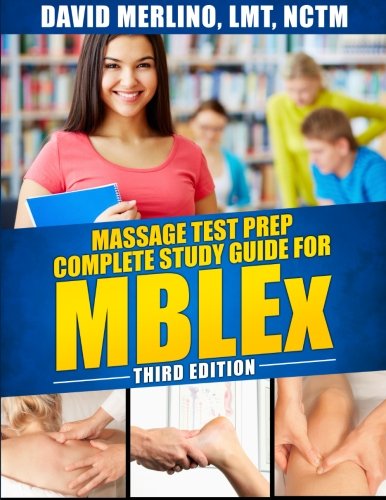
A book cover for Massage Test Prep - Complete Study Guide for MBLEx, Third Edition; David A Merlino; Education & Teaching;